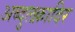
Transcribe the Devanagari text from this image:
अब्दुलक़ादिर